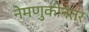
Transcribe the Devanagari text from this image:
नेमणुकीनंतर